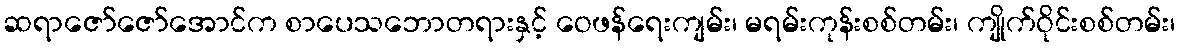
ဆရာဇော်ဇော်အောင်က စာပေသဘောတရားနှင့် ဝေဖန်ရေးကျမ်း၊ မရမ်းကုန်းစစ်တမ်း၊ ကျိုက်ဝိုင်းစစ်တမ်း၊